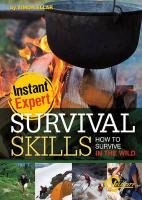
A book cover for Survival Skills: How to Survive in the Wild (Instant Expert); Simon Ellar; Children's Books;